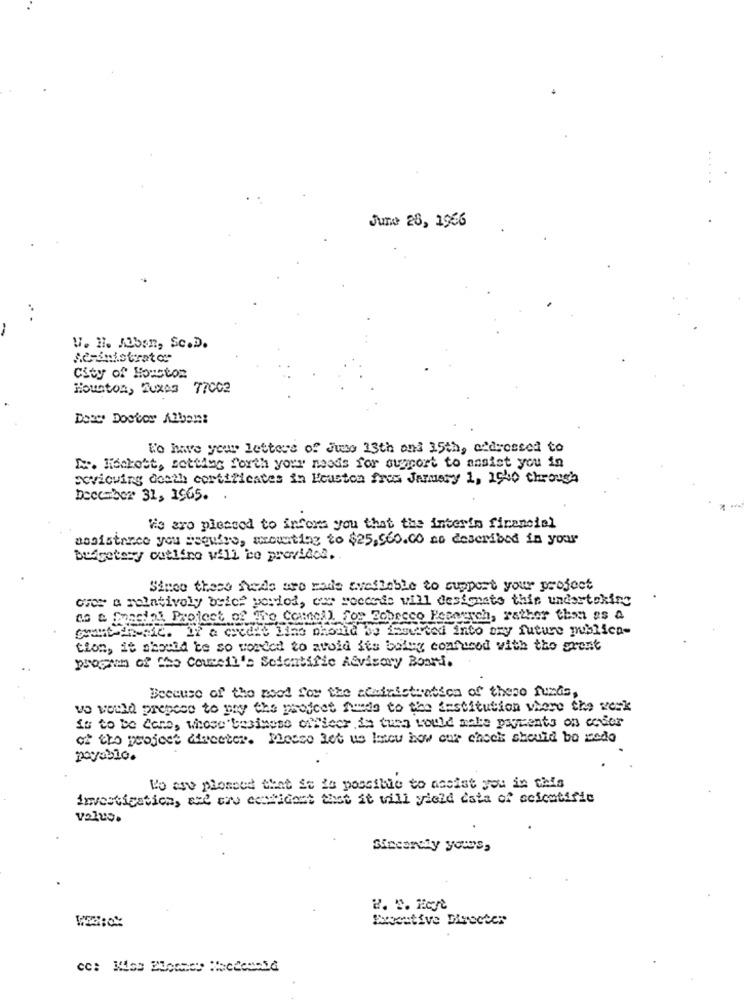
June 28, 1966
V. H. AUbon, Sc.D.
City of Houston
Houston, Muxas 77002
Dowy Doctor Alben:
l'o have your letters of June 13th and 15th, addressed to
Lx. Midakost, setting forth your needs for support to assist you in
Sevioving death certificates in Heaston fres Jammery 1, 1940 through
December 31, 1965.
We are pleased to inform you that the interim financial
assistance you seguire, mounting to $25,560.00 as described in your
budgetery outline will be provided.
Since these fede are made available to support your project
cser a relatively bele period, car recorde vill designate this undertaking
co & facial Project of The Comnell for Tobacco Pesorych, rather than as a
grant-de-sic. If a credit Line should be Inserted into my future publica-
tion, it should be so worded to avoid its boley confused with the srest
program of the Council's Scientific Revisory Board.
Because of the mood for the administration of these funds,
vo would prepeee to pay the project funds to the institution where the weak
fo to be Cane, whose 'besinese officer is tues would make payments on cover
of the project director. Messo let us meu how car chock should be cado
payable.
To eso ploneed that it is possible to nesist you in this
investigation, and cre cestident that it will yield esta of scientific
value.
Sincerely yours,
2. s. Fert
Executive Diyeeter